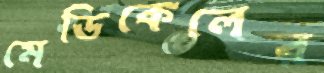
মেডিকেলের